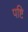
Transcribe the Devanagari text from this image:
पष्टि